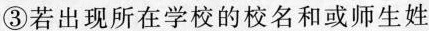
③若出现所在学校的校名和或师生姓